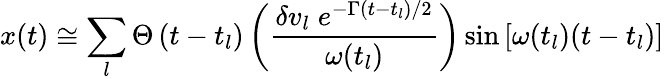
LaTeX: x(t)\cong\sum_{l}\Theta\left(t-t_{l}\right)\left(\frac{\delta v_{l}\; e^{-\Gamma\left(t-t_{l}\right)/2}}{\omega(t_{l})}\right)\sin\left[\omega(t_{l})(t-t_{l})\right]